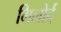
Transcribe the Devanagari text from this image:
मिलोर्द